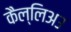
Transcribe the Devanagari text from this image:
कैल्लिअउ